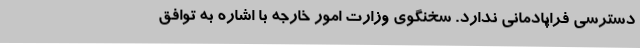
دسترسی فراپادمانی ندارد. سخنگوی وزارت امور خارجه با اشاره به توافق